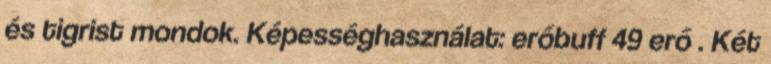
és tigrist mondok. Képességhasználat: erőbuff 49 erő . Két